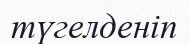
түгелденіп